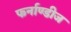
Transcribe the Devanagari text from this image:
फर्नाण्डीज